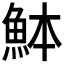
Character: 䱁